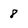
Character: 8